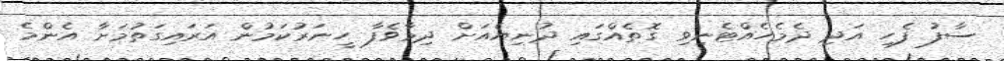
ސާފު ފެހި އަދި ދެމެހެއްޓެނިވި ގޮތެއްގައި ދުނިޔެއަށް ދިމާވެފާ ހީނަރުކަމުން އަރައިގަތުމަށާ އެންމެ